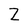
Character: Z